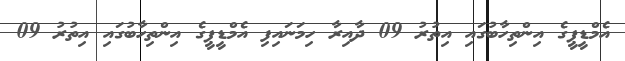
އެމްޑީޕީގެ އިންތިހާބުގައި އިތުރު 09 ދާއިރާ ހިމަނައިފި އެމްޑީޕީގެ އިންތިހާބުގައި އިތުރު 09